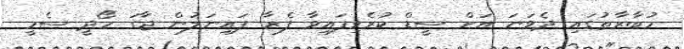
މުބާރާތުގައި ދެވަނަ އަށް ސީޑް ކުރެވިފައިވާ ފެޜާ ފައިނަލުން ޖާގަ ހޯދީ ސެމީ